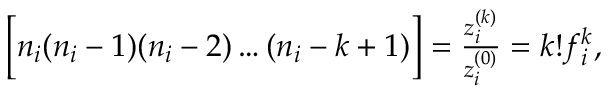
\begin{array} { r } { \Big [ n _ { i } ( n _ { i } - 1 ) ( n _ { i } - 2 ) \dots ( n _ { i } - k + 1 ) \Big ] = \frac { z _ { i } ^ { ( k ) } } { z _ { i } ^ { ( 0 ) } } = k ! f _ { i } ^ { k } , } \end{array}